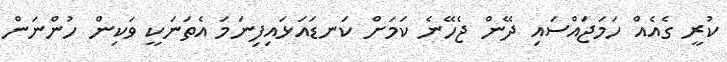
ކުރީ ގެއެއް ހަމަޖައްސައި ދޭން ޖެހޭނެ ކަމަށް ކަނޑައަޅައިފިނަމަ އެތަނަކީ ވަކިން ހުންނަން